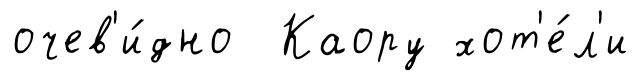
очев'и́дно Каору хот'е́л'и